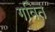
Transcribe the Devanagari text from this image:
गवित